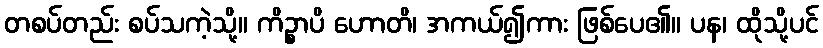
တစပ်တည်း စပ်သကဲ့သို့။ ကိဉ္စာပိ ဟောတိ၊ အကယ်၍ကား ဖြစ်ပေ၏။ ပန၊ ထိုသို့ပင်